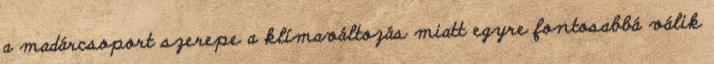
a madárcsoport szerepe a klímaváltozás miatt egyre fontosabbá válik